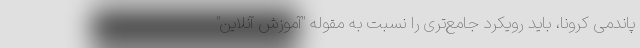
پاندمی کرونا، باید رویکرد جامع‌تری را نسبت به مقوله "آموزش آنلاین"